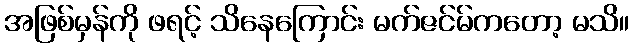
အဖြစ်မှန်ကို ဖရင့် သိနေကြောင်း မက်ဇင်မ်ကတော့ မသိ။